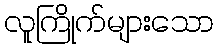
လူကြိုက်များသော